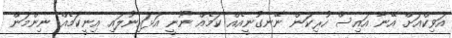
އަވިކްއަށް އޭނާ އައިސް ހުރިކަން ނޭނގުނީއެއް ކަމެއް ނޫނީ އަޅައިނުލައި އިނީކަމެއް ނިންމަން